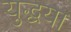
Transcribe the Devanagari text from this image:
युद्धया